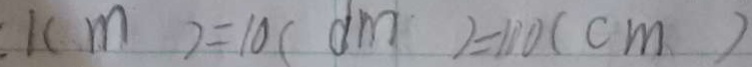
1 ( m ) = 1 0 ( d m ) = 1 0 0 ( c m )